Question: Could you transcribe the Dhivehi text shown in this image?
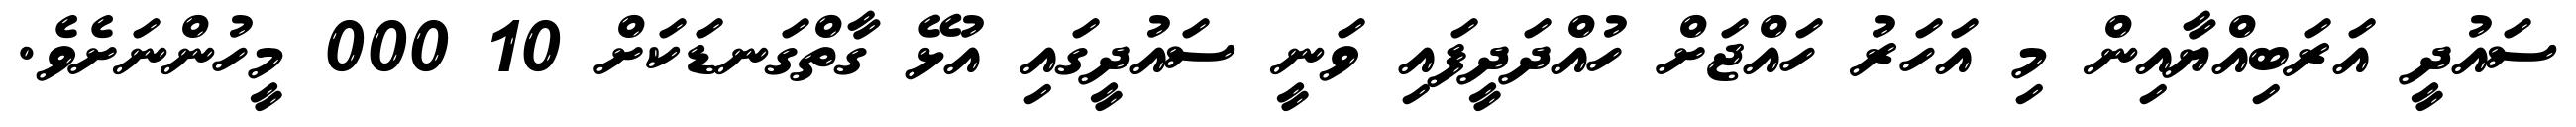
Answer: ސައުދީ އަރަބިއްޔާއިން މި އަހަރު ހައްޖަށް ހުއްދަދީފައި ވަނީ ސައުދީގައި އުޅޭ ގާތްގަނޑަކަށް 10 000 މީހުންނަށެވެ.